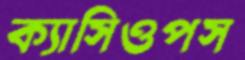
ক্যাসিওপস